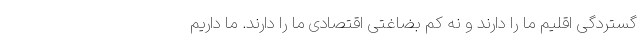
گستردگی اقلیم ما را دارند و نه کم بضاغتی اقتصادی ما را دارند. ما داریم